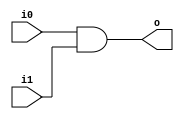

// Write code for modules you need here
//and,or,xor,FA,mux2

module and2(input wire i0, i1, output wire o);
  assign o = i0 & i1;
endmodule

module or2(input wire i0, i1, output wire o);
  assign o = i0 | i1;
endmodule

module xor2(input wire i0, i1, output wire o);
  assign o = i0 ^ i1;
endmodule


module mux2 (input wire i0, i1, j, output wire o);
  assign o = (j==0)?i0:i1;
endmodule

module full_adder(input wire tx, i0, cin, output wire sum,cout);
//2 xor
//3 and
//2 or
wire t0,t1,t2,t3,t4;

xor2 x1(tx,i0,t0);
xor2 x2(t0,cin,sum);

and2 a1(tx,i0,t1);
and2 a2(tx,cin,t2);
and2 a3(i0,cin,t3);

or2 or_0(t1,t2,t4);
or2 or_1(t3,t4,cout);
	

endmodule

module addsub(input wire addsub,i0,i1,cin, output wire sum,cout);

wire t;
xor2 xor_0(addsub,i1,t);
full_adder fa_0(t,i0,addsub,sum,cout);

endmodule

module alu_slice (input wire [1:0] op, input wire i0, i1,cin, output wire o, cout);

// Declare wires here
//wire tx0,t_fa,t_and,t_or,t_mx0;
//xor2 x0(i0,op[0],tx0);
wire t_as,t_and,t_or,t_mx0;

//full_adder fa0(tx0,i0,op[0],t_fa,cout);
//addsub as(...)
addsub ad_sb(op[0],i0,i1,op[0],t_as,cout);
and2 and_0(i0,i1,t_and);
or2 or_1(i0,i1,t_or);
mux2 mx0(t_and,t_or,op[0],t_mx0);
mux2 mx1(t_mux0,t_as,op[1],o);


// Instantiate modules here


endmodule


module alu (input wire [1:0] op, input wire [15:0] i0, i1, output wire [15:0] o, output wire cout);
wire c[14:0];

/*
alu_slice al_0(op[0],op[1],io[0],i1[0],o[0],c[0]);
alu_slice al_1(c[0],op[1],io[1],i1[1],o[1],c[1]);
alu_slice al_2(c[1],op[1],io[2],i1[2],o[2],c[2]);
alu_slice al_3(c[2],op[1],io[3],i1[3],o[3],c[3]);
alu_slice al_4(c[3],op[1],io[4],i1[4],o[4],c[4]);
alu_slice al_5(c[4],op[1],io[5],i1[5],o[5],c[5]);
alu_slice al_6(c[5],op[1],io[6],i1[6],o[6],c[6]);
alu_slice al_7(c[6],op[1],io[7],i1[7],o[7],c[7]);
alu_slice al_8(c[7],op[1],io[8],i1[8],o[8],c[8]);
alu_slice al_9(c[8],op[1],io[9],i1[9],o[9],c[9]);
alu_slice al_10(c[9],op[1],io[10],i1[10],o[10],c[10]);
alu_slice al_11(c[10],op[1],io[11],i1[11],o[11],c[11]);
alu_slice al_12(c[11],op[1],io[12],i1[12],o[12],c[12]);
alu_slice al_13(c[12],op[1],io[13],i1[13],o[13],c[13]);
alu_slice al_14(c[13],op[1],io[14],i1[14],o[14],c[14]);
alu_slice al_15(c[14],op[1],io[15],i1[15],o[15],cout);
*/

alu_slice al_0(op,i0[0],i1[0],op[0],o[0],c[0]);
alu_slice al_1(op,i0[1],i1[1],c[0],o[1],c[1]);
alu_slice al_2(op,i0[2],i1[2],c[1],o[2],c[2]);
alu_slice al_3(op,i0[3],i1[3],c[2],o[3],c[3]);
alu_slice al_4(op,i0[4],i1[4],c[3],o[4],c[4]);
alu_slice al_5(op,i0[5],i1[5],c[4],o[5],c[5]);
alu_slice al_6(op,i0[6],i1[6],c[5],o[6],c[6]);
alu_slice al_7(op,i0[7],i1[7],c[6],o[7],c[7]);
alu_slice al_8(op,i0[8],i1[8],c[7],o[8],c[8]);
alu_slice al_9(op,i0[9],i1[9],c[8],o[9],c[9]);
alu_slice al_10(op,i0[10],i1[10],c[9],o[10],c[10]);
alu_slice al_11(op,i0[11],i1[11],c[10],o[11],c[11]);
alu_slice al_12(op,i0[12],i1[12],c[11],o[12],c[12]);
alu_slice al_13(op,i0[13],i1[13],c[12],o[13],c[13]);
alu_slice al_14(op,i0[14],i1[14],c[13],o[14],c[14]);
alu_slice al_15(op,i0[15],i1[15],c[14],o[15],cout);


endmodule